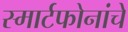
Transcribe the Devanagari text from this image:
स्मार्टफोनांचे